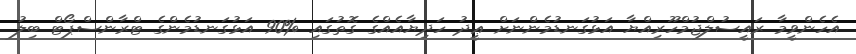
އެހެންވީމާ ރައީސުލްޖުމްހޫރިއްޔާ އަޅުގަނޑުމެންނަށް ޢީދު ހަދިޔާއެއްގެ ގޮތުގައި %90 އަޅުގަނޑުމެންގެ ޓްރާންސްޕޯޓް ބިލު